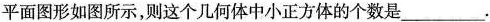
平面图形如图所示，则这个几何体中小正方体的个数是___.